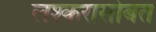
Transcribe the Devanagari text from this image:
लश्करासोबत